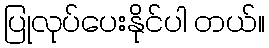
ပြုလုပ်ပေးနိုင်ပါ တယ်။